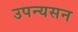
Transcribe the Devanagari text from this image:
उपन्यसन